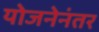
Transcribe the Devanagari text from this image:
योजनेनंतर